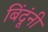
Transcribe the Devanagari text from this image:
बिंदूंनी